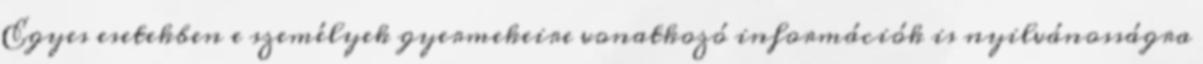
Egyes esetekben e személyek gyermekeire vonatkozó információk is nyilvánosságra